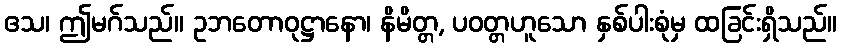
ဧသ၊ ဤမဂ်သည်။ ဥဘတောဝုဋ္ဌာနော၊ နိမိတ္တ, ပဝတ္တဟူသော နှစ်ပါးစုံမှ ထခြင်းရှိသည်။